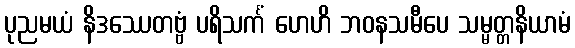
ပုညမယံ နိဒဿေတဗ္ဗံ ပရိသင်္ကံ ဟေဟိ ဘဝနသမီပေ သမ္မတ္တနိယာမံ